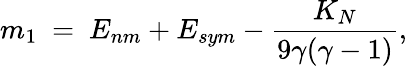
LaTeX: m_{1}~=~E_{nm}+E_{sym}-{\frac{K_{N}}{9\gamma(\gamma-1)}},